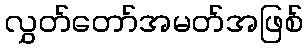
လွှတ်တော်အမတ်အဖြစ်